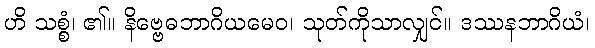
ဟိ သစ္စံ၊ ၏။ နိဗ္ဗေဓဘာဂိယမေဝ၊ သုတ်ကိုသာလျှင်။ ဒဿနဘာဂိယံ၊